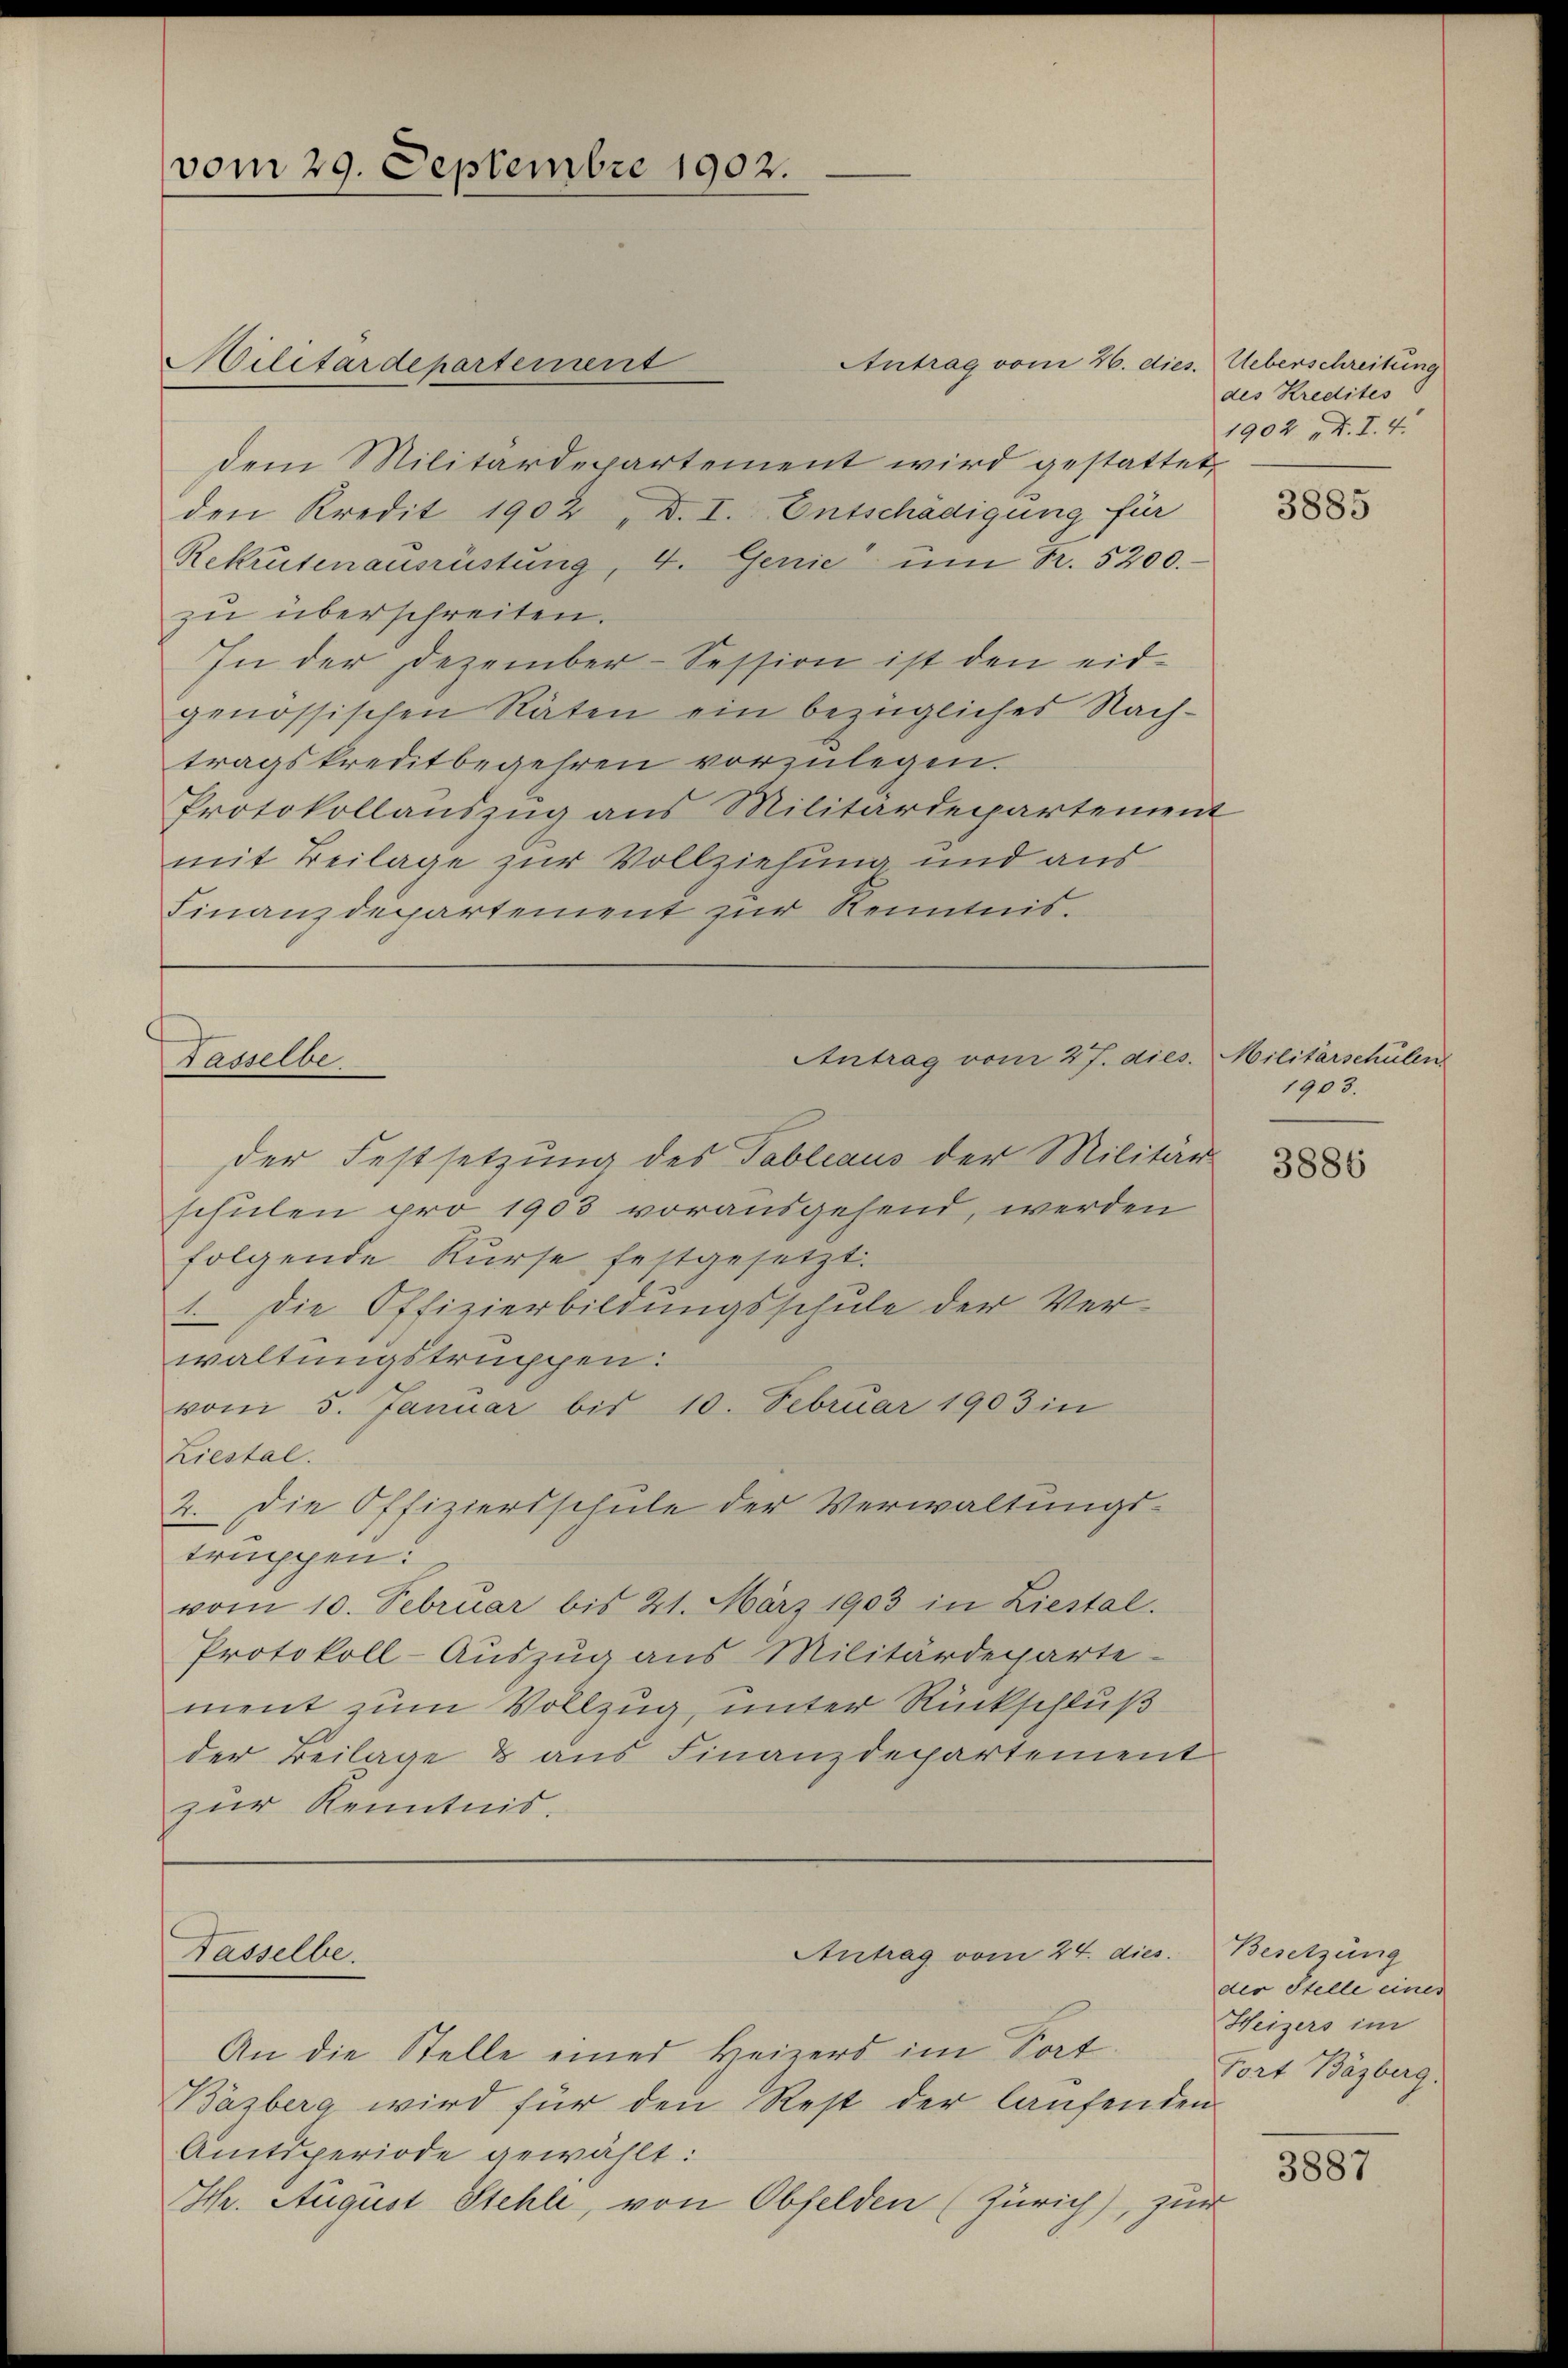
vom 29. Septembre 1902.

dem Militärdepartement wird gestattet,
den Kredit 1902 D. I. Entschädigung für
Rekrutenausrüstung, 4. Genie ŭm Fr. 5200.
zu überschreiten.
In der Dezember-Session ist den eidgenössischen Räten ein bezüglicher Nachtragskreditbegehren vorzulegen.
Protokollauszug aus Militärdepartement
mit Beilage zur Vollziehung und aus
Finanzdepartement zur Kenntnis.

Hilitärdepartement

Facselbe

Tasselbe.

Antrag vom 27. dies. Militärschulen

der Festsetzung des Tableaus der Militär-
schulen pro 1903 vorausgehend, werden
folgende Kurse festgesetzt.
1. Die Offizierbildungsschule der Verwaltungstruppen:
vom 3. Januar bis 10. Februar 1903 in
Liestal.
2. Die Offiziersschule der Verwaltungs-
truppen.
vom 10. Februar bis 21. März 1903 in Liestal.
Protokoll-Auszug aus Militärdeparte-
ment zum Vollzug, unter Rückschluß
der Beilage & aus Finanzdepartement
zur Kenntnis.

Antrag vom 24. dies. Besetzung

Antrag vom 26. dies. Ueberschreitung

des Kredites
1902 D.I.4.

An die Stelle einer Heizers im Sat
Bäzberg wird für den Rest der laŭfenden
Amtsperiode gewählt:
Hch. August Stehle, von Obfelden (Zürich), zur

3885

1903.
3886

der Stelle eines
Heizers im
Fort Bäzberg.

3887